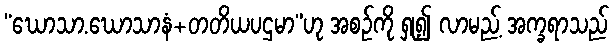
“ဃောသာ.ဃောသာနံ+တတိယပဌမာ”ဟု အစဉ်ကို ရှု၍ လာမည့် အက္ခရာသည်